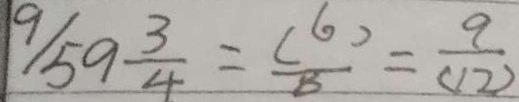
9 / 5 9 \frac { 3 } { 4 } = \frac { ( 6 ) } { 8 } = \frac { 9 } { ( 1 2 ) }